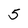
Character: 5